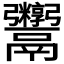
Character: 𬴻